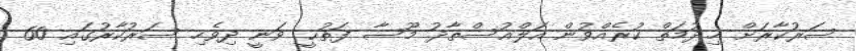
ސަރުކާރަށް ޚިދުމަތް ކުރެއްވުން އަލްއުސްތާޛު މޫސާ ފަތުޙީ ވަނީ ދިވެހި ސަރުކާރުގައި 60